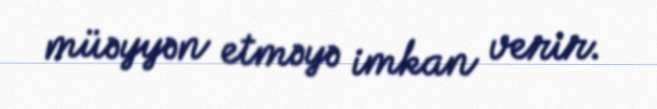
müəyyən etməyə imkan verir.